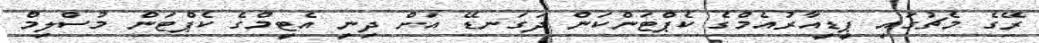
ރޭގެ މެޗުގައި ޕީޑީއާރުއެމްގެ ކެޕްޓަންކަން ދަގަނޑޭ އަށް ދިނީ އެޓީމްގެ ކެޕްޓަން މުސްލިމް